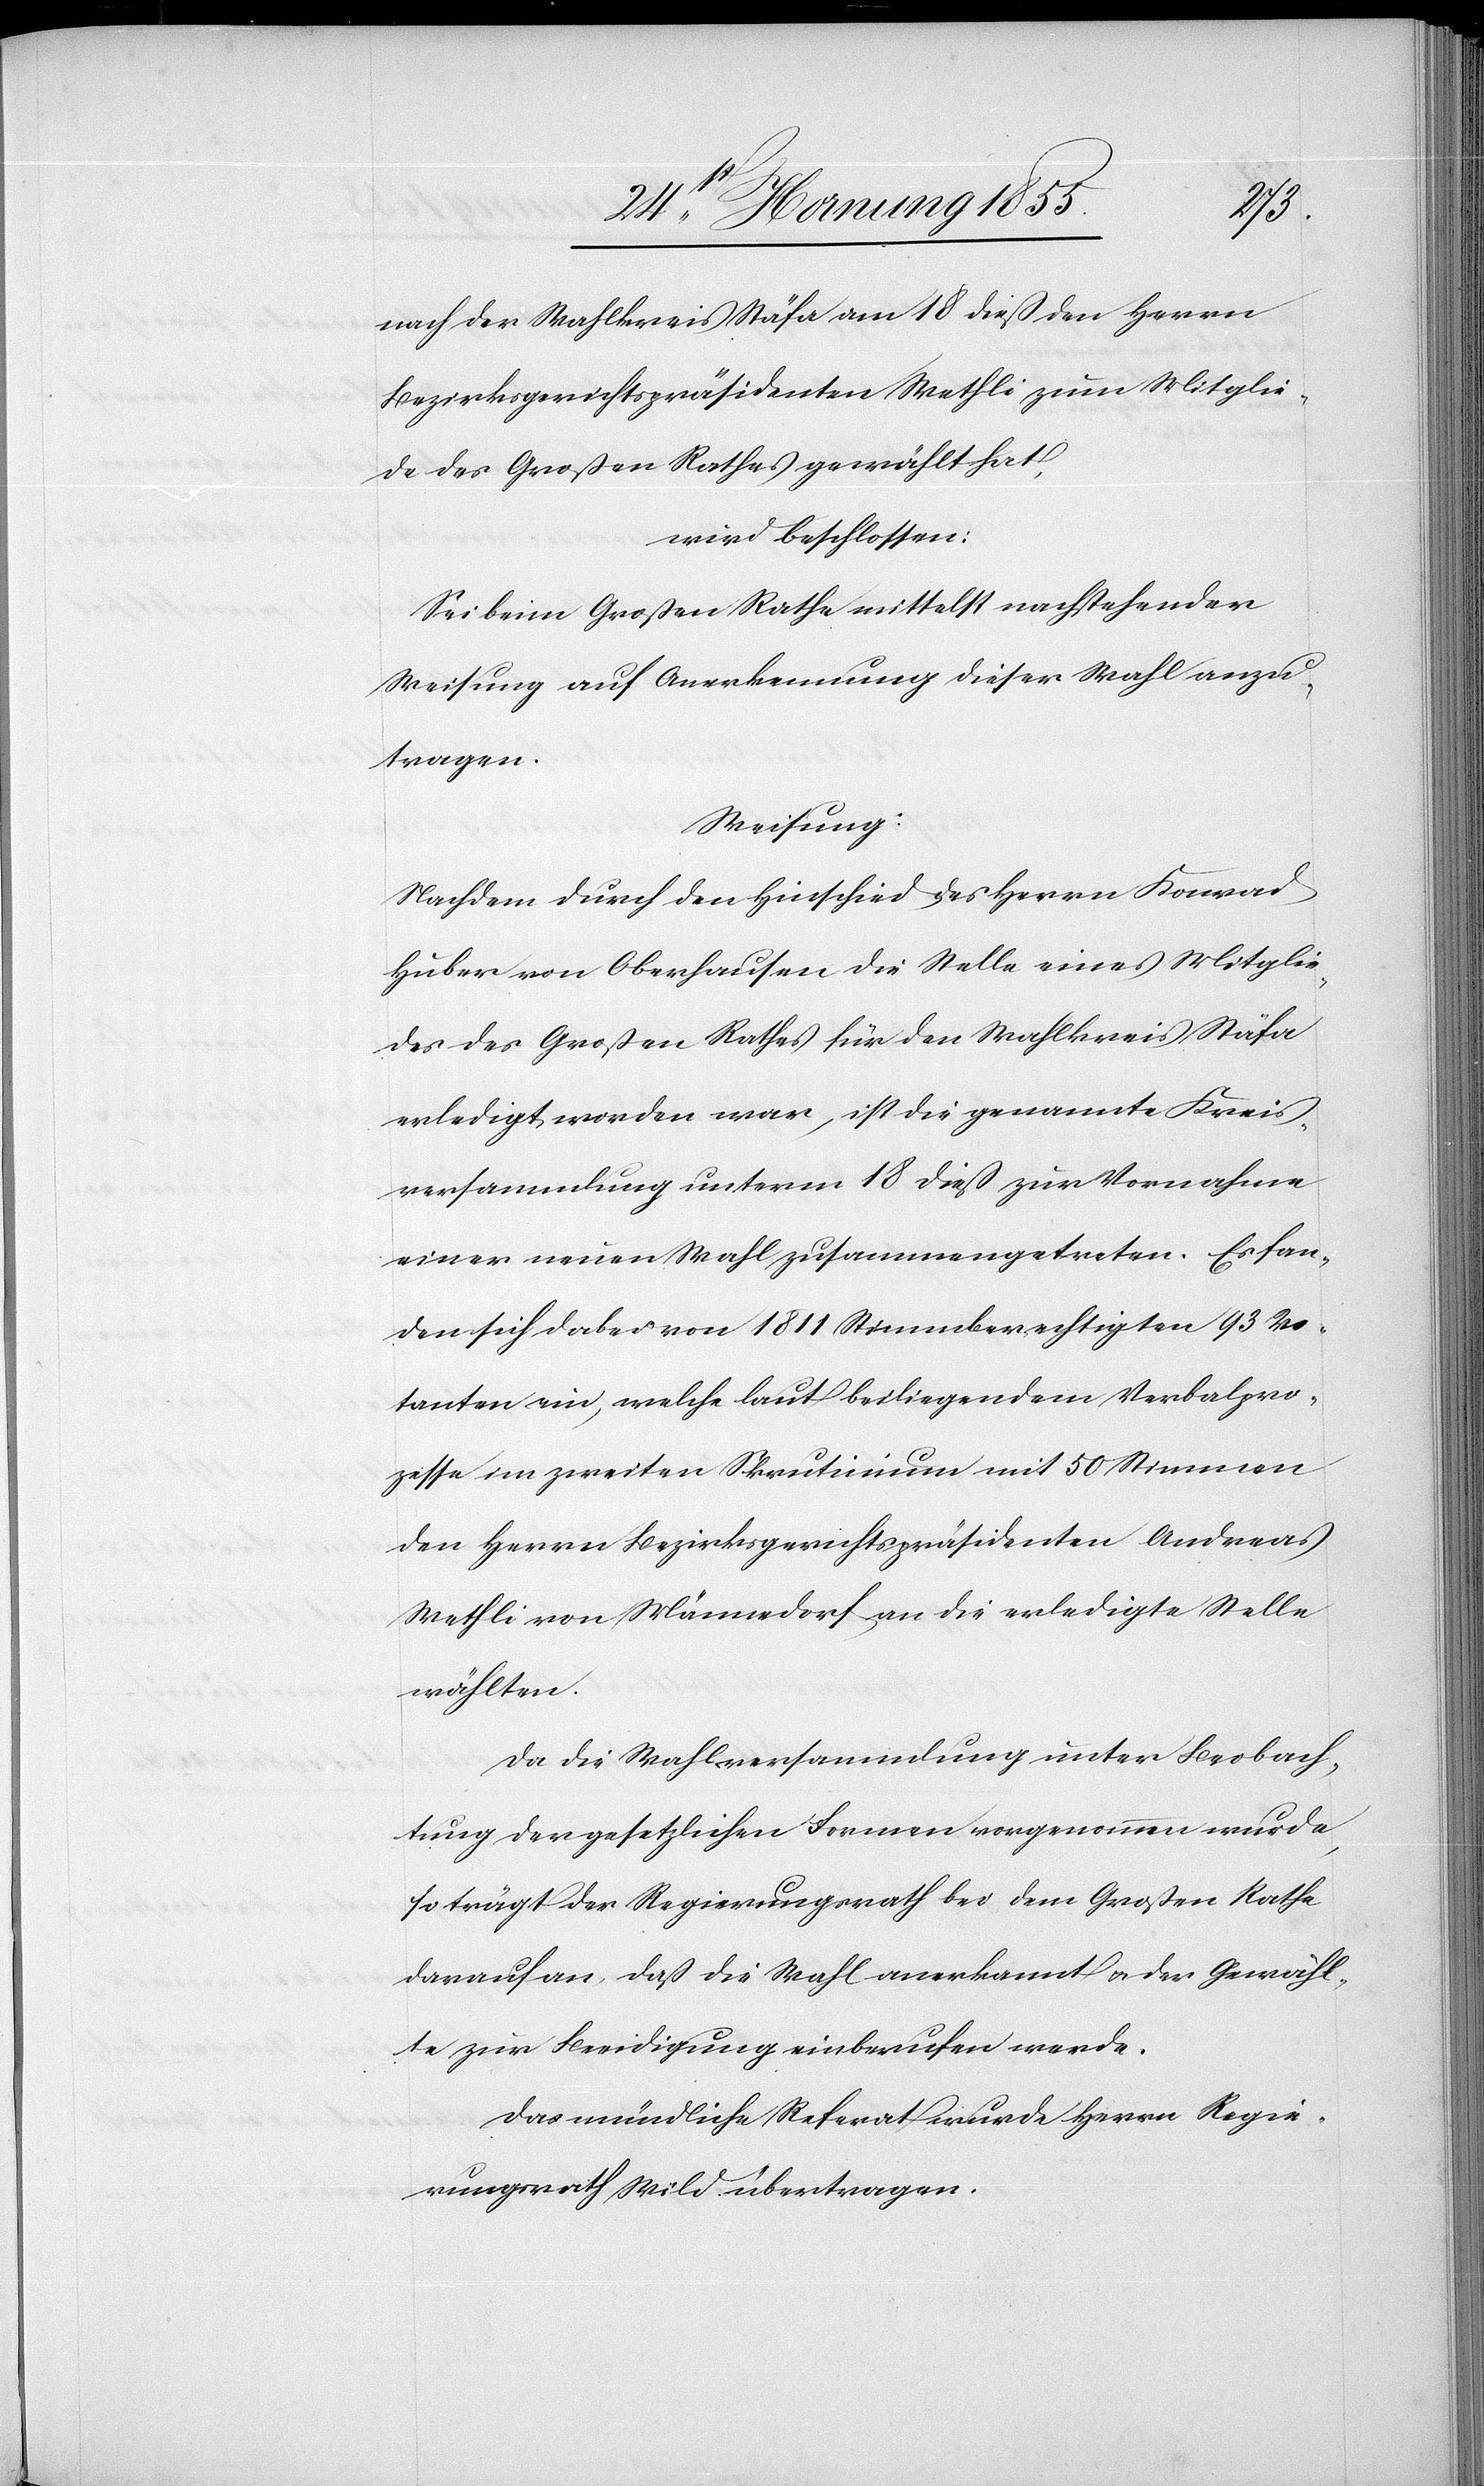
nach der Wahlkreis Stäfa am 18 dieß den Herrn
Bezirksgerichtspräsidenten Wethli [sic!] zum Mitglie¬
de des Großen Rathes gewählt hat,
wird beschlossen:
Sei beim Großen Rathe mittelst nachstehender
Weisung auf Anerkennung dieser Wahl anzu¬
tragen.
Weisung:
Nachdem durch den Hinschied des Herrn Konrad
Huber von Oberhausen die Stelle eines Mitglie¬
des des Großen Rathes für den Wahlkreis Stäfa
erledigt worden war, ist die genannte Kreis¬
versammlung unterm 18 dieß zur Vornahme
einer neuen Wahl zusammengetreten. Es fan¬
den sich dabei von 1811 Stimmberechtigten 93 Vo¬
tanten ein, welche laut beiliegendem Verbalpro¬
zesse im zweiten Skrutinium mit 50 Stimmen
den Herrn Bezirksgerichtspräsidenten Andreas
Wethli von Männedorf an die erledigte Stelle
wählten.
Da die Wahlversammlung unter Beobach¬
tung der gesetzlichen Formen vorgenommen wurde,
so trägt der Regierungsrath bei dem Großen Rathe
darauf an, daß die Wahl anerkannt & der Gewähl¬
te zur Beeidigung einberufen werde.
Das mündliche Referat wurde Herrn Regie¬
rungsrath Wild übertragen.